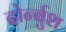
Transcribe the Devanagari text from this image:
दोर्न्बुश